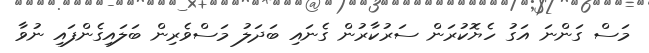
މަަސް ގަންނަ އަގު ހެޔޮކުރަން ސަރުކާރުން ގެނައި ބަދަލު މަސްވެރިން ބަލައިގެންފައި ނުވާ